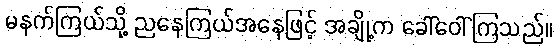
မနက်ကြယ်သို့ ညနေကြယ်အနေဖြင့် အချို့က ခေါ်ဝေါ်ကြသည်။